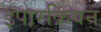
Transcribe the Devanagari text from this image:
इपारक्रियन